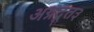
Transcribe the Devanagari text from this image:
अग्रदूत३